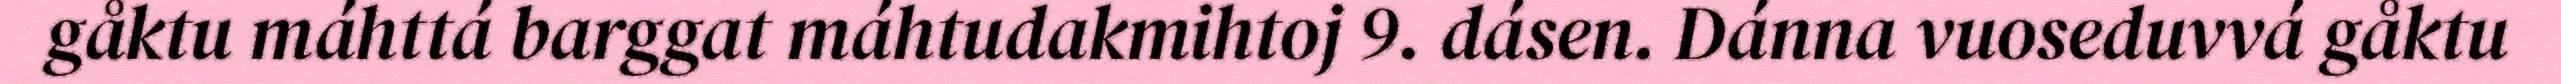
gåktu máhttá barggat máhtudakmihtoj 9. dásen. Dánna vuoseduvvá gåktu